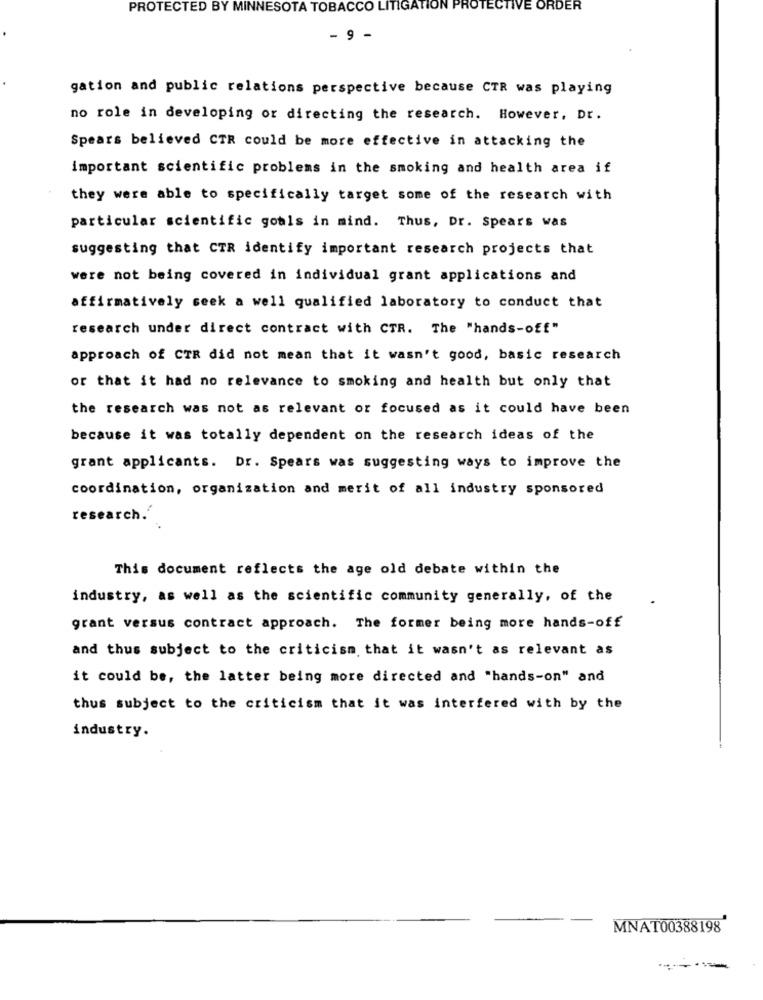
PROTECTED BY MINNESOTA TOBACCO LITIGATION PROTECTIVE ORDER
- 9 -
gation and public relations perspective because CTR was playing
no role in developing or directing the research. However, Dr.
Spears believed CTR could be more effective in attacking the
important scientific problems in the smoking and health area if
they were able to specifically target some of the research with
particular scientific goals in mind. Thus, Dr. Spears was
suggesting that CTR identify important research projects that
were not being covered in individual grant applications and
affirmatively seek a well qualified laboratory to conduct that
research under direct contract with CTR. The "hands-off"
approach of CTR did not mean that it wasn't good, basic research
or that it had no relevance to smoking and health but only that
the research was not as relevant or focused as it could have been
because it was totally dependent on the research ideas of the
grant applicants. Dr. Spears was suggesting ways to improve the
coordination, organization and merit of all industry sponsored
research.'
This document reflects the age old debate within the
industry, as well as the scientific community generally, of the
grant versus contract approach. The former being more hands-off
and thus subject to the criticism that it wasn't as relevant as
it could be, the latter being more directed and "hands-on" and
thus subject to the criticism that it was interfered with by the
industry.
MNAT00388198
----